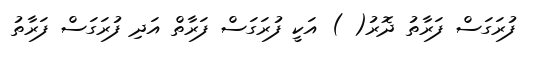
ފުރަގަސް ފަރާތު ދޮރު( ) އަކީ ފުރަގަސް ފަރާތް އަދި ފުރަގަސް ފަރާތު